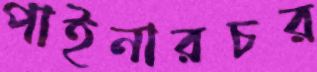
পাইনারচর